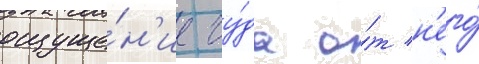
ощуще́н'ие чу́да о́т н'его́